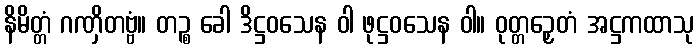
နိမိတ္တံ ဂဏှိတဗ္ဗံ။ တဉ္စ ခေါ ဒိဋ္ဌဝသေန ဝါ ဖုဋ္ဌဝသေန ဝါ။ ဝုတ္တဉှေတံ အဋ္ဌကထာသု